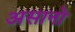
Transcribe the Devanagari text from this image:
असानो